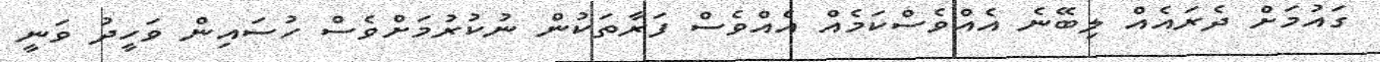
ގައުމަށް ދެރައެއް ލިބޭނެ އެއްވެސްކަމެއް އެއްވެސް ފަރާތަކުން ނުކުރުމަށްވެސް ހުސައިން ވަހީދު ވަނީ